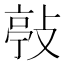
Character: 𢾊